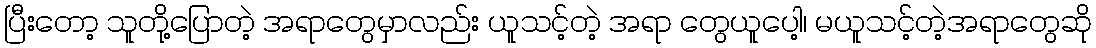
ပြီးတော့ သူတို့ပြောတဲ့ အရာတွေမှာလည်း ယူသင့်တဲ့ အရာ တွေယူပေါ့၊ မယူသင့်တဲ့အရာတွေဆို